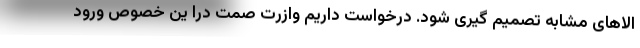
الاهای مشابه تصمیم گیری شود. درخواست داریم وازرت صمت درا ین خصوص ورود